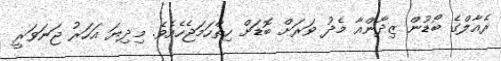
ރެއާލްގެ ބޯޑުން ޒިދާންއާ މެދު ވަރަށް ބޮޑަށް ހިތްހަމަޖެހެއެވެ. މިދިޔަ އަހަރު ޖަނަވަރީ